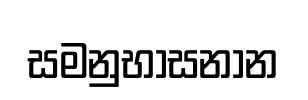
සමනුභාසනාන